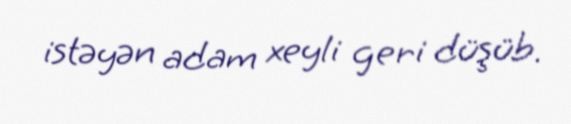
istəyən adam xeyli geri düşüb.